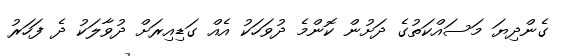
ގެންދިޔަ މަސައްކަތުގެ ދަށުން ކޮންމެ ދުވަހަކު އެއް ގަޑިއިރަށް ދުވާލަކު ދެ ފަހަރު